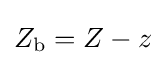
{\textstyle Z_{\text{b}}=Z-z}